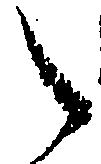
之